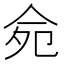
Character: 𠈢